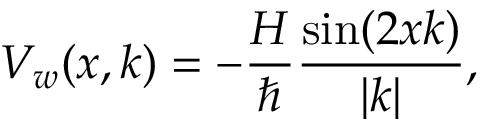
V _ { w } ( x , k ) = - \frac { H } { \hbar } \frac { \sin ( 2 x k ) } { | k | } ,